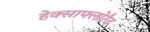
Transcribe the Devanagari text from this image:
हेक्साफ्लोरैद